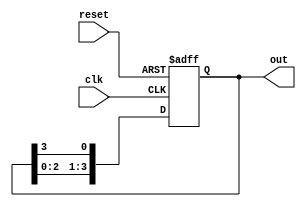
module ring_counter (
    input wire clk,            // Clock signal
    input wire reset,          // Asynchronous reset signal
    output reg [n-1:0] out     // Output of the ring counter
);
    parameter n = 4;           // Number of flip-flops (adjust as needed)
    
    // Initial state
    initial begin
        out = 1'b1;            // Start with the first flip-flop set
    end

    always @(posedge clk or posedge reset) begin
        if (reset) begin
            out <= 1'b1;        // Reset to initial state
        end else begin
            // Shift the '1' to the next flip-flop
            out <= {out[n-2:0], out[n-1]}; // Shift left and wrap around
        end
    end
endmodule